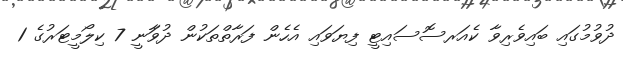
ދުވުމުގައި ބައިވެރިވާ ކެއަރސޮސައިޓީ ފިޔަވައި އެހެން ފަރާތްތަކުން ދުވަާނީ 7 ކިލޯމީޓަރުގެ 1